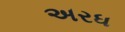
અરધ